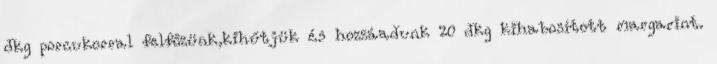
dkg porcukorral felfőzünk,kihűtjük és hozzáadunk 20 dkg kihabosított margarint.